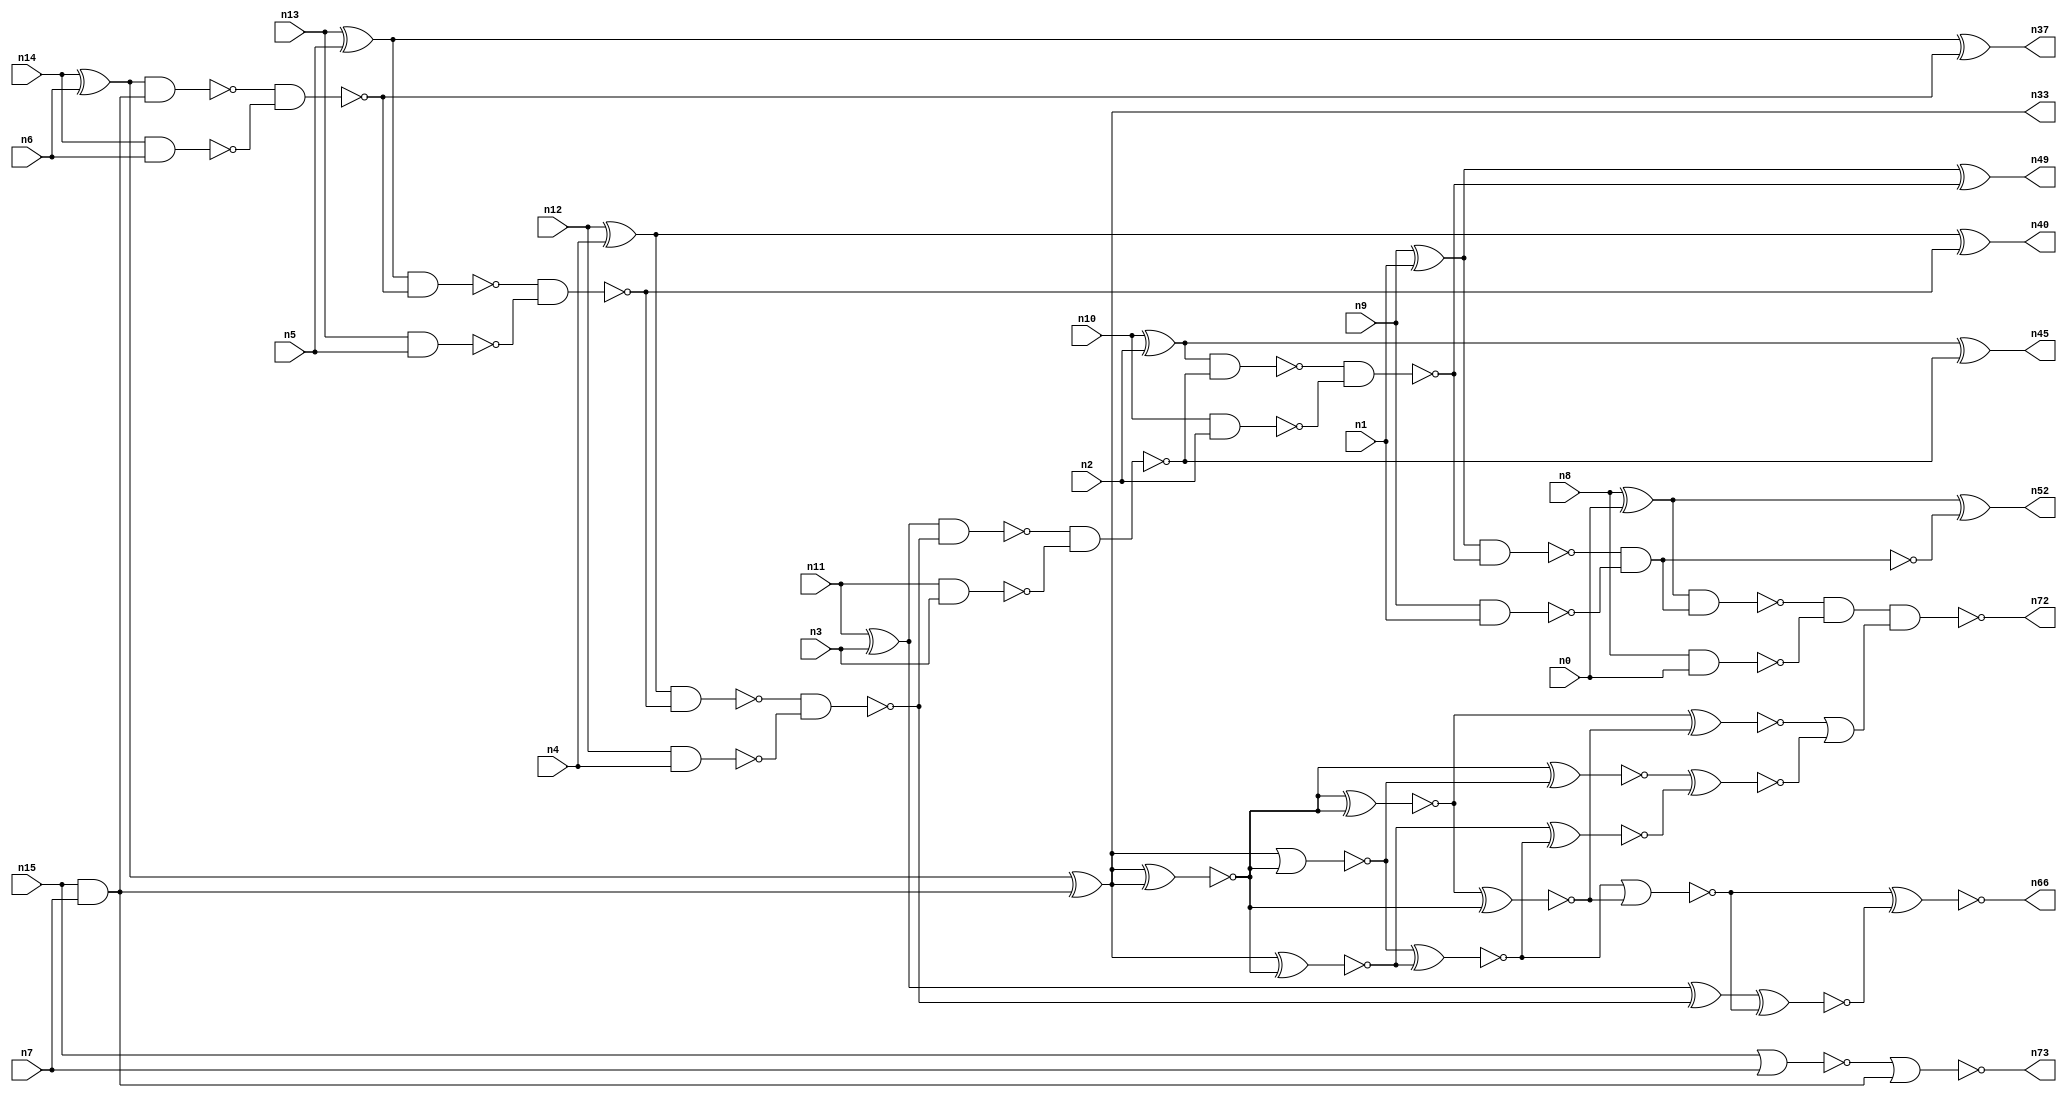
// This program was cloned from: https://github.com/umar-afzaal/ReCkt
// License: MIT License

// This file contains a pareto-optimal circuit with respect to pdp and the fault-resilince parameter p_fault which is defined as:
// "For all input vectors, the ratio of the no. of faults observable at the POs to the no. of total possible faults in the circuit".
// This code is part of the ReCkt library (https://github.com/umar-afzaal/ReCkt) distributed under The MIT License.
// When used, please cite the following article(s):
// U. Afzaal, A.S. Hassan, M. Usman and J.A. Lee, "On the Evolutionary Synthesis of Increased Fault-resilience Arithmetic Circuits".

// p_fault = 72.6 %    (Lower is better)
// gates = 58.0
// levels = 17
// area = 81.9    (For MCNC library relative to nand2)
// power = 427.6 uW    (Berkely-SIS for MCNC library @ Vdd=5V and 20 MHz clock)
// delay = 18.8 ns    (Berkely-ABC for MCNC library)
// PDP = 8.03888e-12 J

// Pin mapping:
// {n0, n1, n2, n3, n4, n5, n6, n7} = A[7:0]
// {n8, n9, n10, n11, n12, n13, n14, n15} = B[7:0]
// {n72, n52, n49, n45, n66, n40, n37, n33, n73} = O[8:0]

module addr8s_pdp_12 (
n0, n1, n2, n3, n4, n5, n6, n7, n8, n9, n10, n11, n12, n13, n14, n15, 
n72, n52, n49, n45, n66, n40, n37, n33, n73
);

input n0, n1, n2, n3, n4, n5, n6, n7, n8, n9, n10, n11, n12, n13, n14, n15;
output n72, n52, n49, n45, n66, n40, n37, n33, n73;
wire n22, n42, n28, n21, n54, n71, n30, n16, n27, n24, n56, n20, n53, n32, n64, n18, n67, n55, n63, n51, 
n70, n31, n39, n25, n58, n41, n26, n35, n29, n17, n38, n19, n34, n43, n61, n62, n65, n50, n69, n46, 
n47, n59, n23, n36, n48, n57, n60, n68, n44;

xor (n16, n9, n1);
xor (n17, n10, n2);
xor (n18, n8, n0);
nand (n19, n14, n6);
nand (n20, n10, n2);
nand (n21, n13, n5);
and (n22, n15, n7);
nor (n23, n15, n7);
xor (n24, n13, n5);
xor (n25, n14, n6);
nand (n26, n12, n4);
xor (n27, n11, n3);
xor (n28, n12, n4);
nand (n29, n11, n3);
nand (n30, n9, n1);
nand (n31, n8, n0);
nand (n32, n25, n22);
xor (n33, n25, n22);
nor (n34, n23, n22);
nand (n35, n32, n19);
nand (n36, n24, n35);
xor (n37, n24, n35);
nand (n38, n36, n21);
nand (n39, n28, n38);
xor (n40, n28, n38);
nand (n41, n39, n26);
nand (n42, n27, n41);
xor (n43, n27, n41);
nand (n44, n42, n29);
xor (n45, n17, n44);
nand (n46, n17, n44);
nand (n47, n46, n20);
nand (n48, n16, n47);
xor (n49, n16, n47);
and (n50, n48, n30);
nand (n51, n48, n30);
xor (n52, n18, n51);
nand (n53, n18, n50);
nand (n54, n53, n31);
xnor (n55, n33, n33);
xnor (n56, n33, n33);
nand (n57, n54, n54);
xnor (n58, n33, n33);
nor (n59, n33, n58);
xnor (n60, n55, n56);
xnor (n61, n33, n58);
xnor (n62, n60, n55);
xnor (n63, n59, n61);
nor (n64, n63, n62);
xnor (n65, n43, n64);
xnor (n66, n64, n65);
xnor (n67, n60, n62);
xnor (n68, n61, n63);
xnor (n69, n56, n59);
xnor (n70, n69, n68);
or (n71, n67, n70);
nand (n72, n57, n71);
and (n73, n34, n34);

endmodule